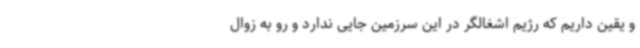
و یقین داریم که رژیم اشغالگر در این سرزمین جایی ندارد و رو به زوال